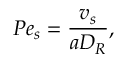
P e _ { s } = \frac { v _ { s } } { a D _ { R } } ,